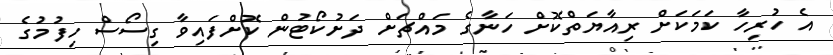
އެ ހުރިހާ ކަމަކަށް ރިއާޔަތްކޮށް ހަނާގެ މައްޗަށް ދަށުކޯޓުން ކޮށްފައިވާ ގިސޯސް ހިފުމުގެ